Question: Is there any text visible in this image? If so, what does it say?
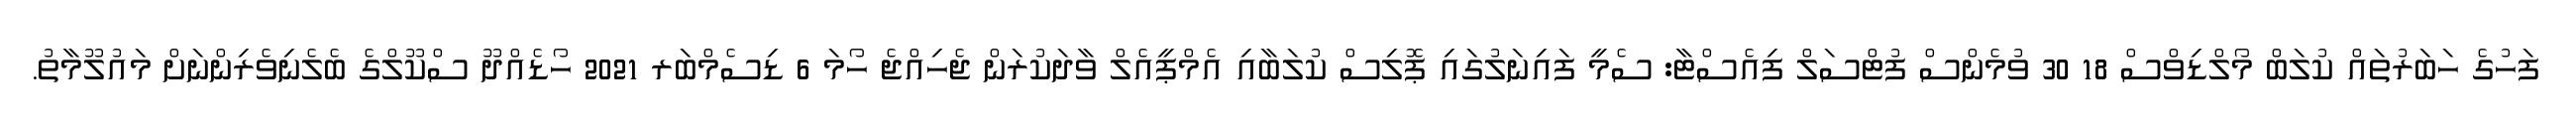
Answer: ފަހުގެ ހަބަރުތައް ކުލަބް މޯލްޑިވްސް 18 30 ވުމެންސް ފުޓްސަލް ފިއެސްޓާ: ސެމީ ފައިނަލުގައި ޕޮލިސް ކުލަބާއި އެމްޕީއެލް ވާދަކުރަން ޖެހިއްޖެ ހޯމަ 6 ޑިސެމްބަރ 2021 ހޯޑެއްދޫ ސްކޫލްގެ ބެލެނިވެރިންނަށް މައުލޫމާތު.